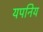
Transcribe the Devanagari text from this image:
यपनिय